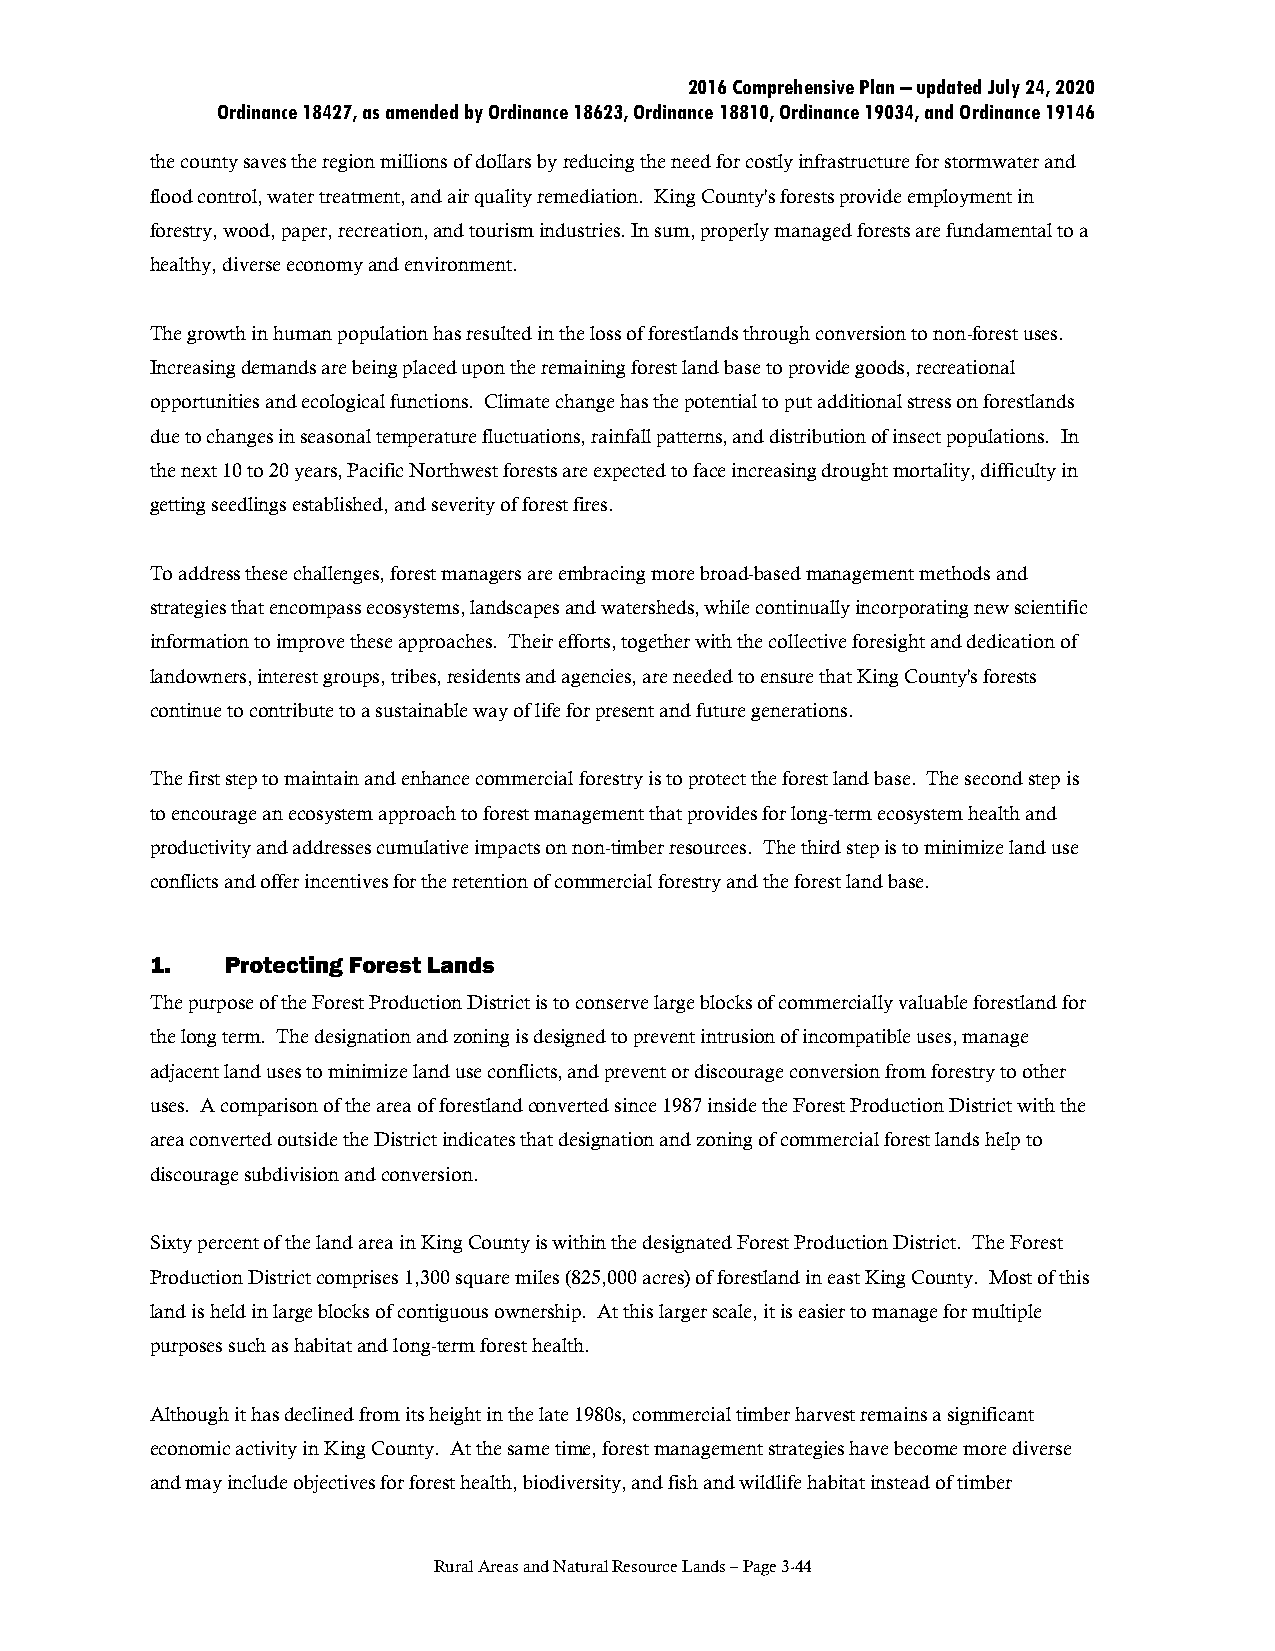
2016 Comprehensive Plan – updated July 24, 2020
 Ordinance 18427, as amended by Ordinance 18623, Ordinance 18810, Ordinance 19034, and Ordinance 19146
 the county saves the region millions of dollars by reducing the need for costly infrastructure for stormwater and
 flood control, water treatment, and air quality remediation. King County's forests provide employment in
 forestry, wood, paper, recreation, and tourism industries. In sum, properly managed forests are fundamental to a
 healthy, diverse economy and environment.
 The growth in human population has resulted in the loss of forestlands through conversion to non-forest uses.
 Increasing demands are being placed upon the remaining forest land base to provide goods, recreational
 opportunities and ecological functions. Climate change has the potential to put additional stress on forestlands
 due to changes in seasonal temperature fluctuations, rainfall patterns, and distribution of insect populations. In
 the next 10 to 20 years, Pacific Northwest forests are expected to face increasing drought mortality, difficulty in
 getting seedlings established, and severity of forest fires.
 To address these challenges, forest managers are embracing more broad-based management methods and
 strategies that encompass ecosystems, landscapes and watersheds, while continually incorporating new scientific
 information to improve these approaches. Their efforts, together with the collective foresight and dedication of
 landowners, interest groups, tribes, residents and agencies, are needed to ensure that King County's forests
 continue to contribute to a sustainable way of life for present and future generations.
 The first step to maintain and enhance commercial forestry is to protect the forest land base. The second step is
 to encourage an ecosystem approach to forest management that provides for long-term ecosystem health and
 productivity and addresses cumulative impacts on non-timber resources. The third step is to minimize land use
 conflicts and offer incentives for the retention of commercial forestry and the forest land base.
 1.   Protecting Forest Lands
 The purpose of the Forest Production District is to conserve large blocks of commercially valuable forestland for
 the long term. The designation and zoning is designed to prevent intrusion of incompatible uses, manage
 adjacent land uses to minimize land use conflicts, and prevent or discourage conversion from forestry to other
 uses. A comparison of the area of forestland converted since 1987 inside the Forest Production District with the
 area converted outside the District indicates that designation and zoning of commercial forest lands help to
 discourage subdivision and conversion.
 Sixty percent of the land area in King County is within the designated Forest Production District. The Forest
 Production District comprises 1,300 square miles (825,000 acres) of forestland in east King County. Most of this
 land is held in large blocks of contiguous ownership. At this larger scale, it is easier to manage for multiple
 purposes such as habitat and long-term forest health.
 Although it has declined from its height in the late 1980s, commercial timber harvest remains a significant
 economic activity in King County. At the same time, forest management strategies have become more diverse
 and may include objectives for forest health, biodiversity, and fish and wildlife habitat instead of timber
 Rural Areas and Natural Resource Lands – Page 3-44